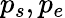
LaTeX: p_{s},p_{e}